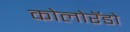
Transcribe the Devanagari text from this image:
कोलोरॅडो